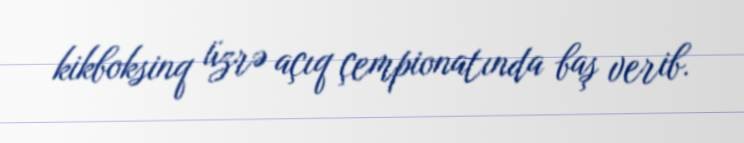
kikboksinq üzrə açıq çempionatında baş verib.